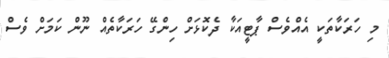
މި ހަރަކާތަކީ އެއްވެސް ޕާޓީއަކާ ދެކޮޅަށް ހިންގޭ ހަރަކާތެއް ނޫން ކަމަށް ވެސް